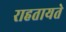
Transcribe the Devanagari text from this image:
राहतायते